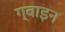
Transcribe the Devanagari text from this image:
ग्वाइन